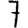
Digit: 7